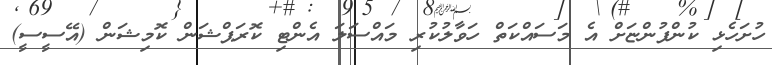
ހުށަހެޅި ކުންފުންޏަށް އެ މަސައްކަތް ހަވާލުކުރި މައްސަލަ އެންޓި ކޮރަޕްޝަން ކޮމިޝަން (އޭސީސީ)